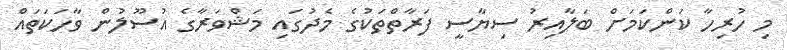
މި ހުރިހާ ކަންކަމަށް ބަލާއިރު ސިޔާސީ ފަރާތްތަކުގެ މެދުގައި މަޝްވަރާގެ އުސޫލުން ވާހަކަތައް